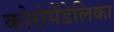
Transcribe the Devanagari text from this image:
कोरोमैंडेलिका